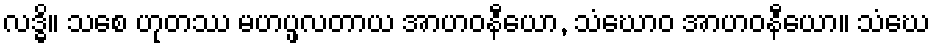
လဒ္ဓိ။ သစေ ဟုတဿ မဟပ္ဖလတာယ အာဟဝနီယော, သံဃောဝ အာဟဝနီယော။ သံဃေ